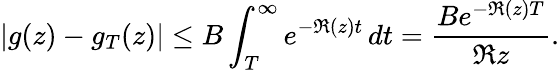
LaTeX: |g(z)-g_{T}(z)|\leq B\int_{T}^{\infty}e^{-\Re(z)t}\, dt={\frac{Be^{-\Re(z)T}}{\Re z}}.